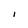
Character: i